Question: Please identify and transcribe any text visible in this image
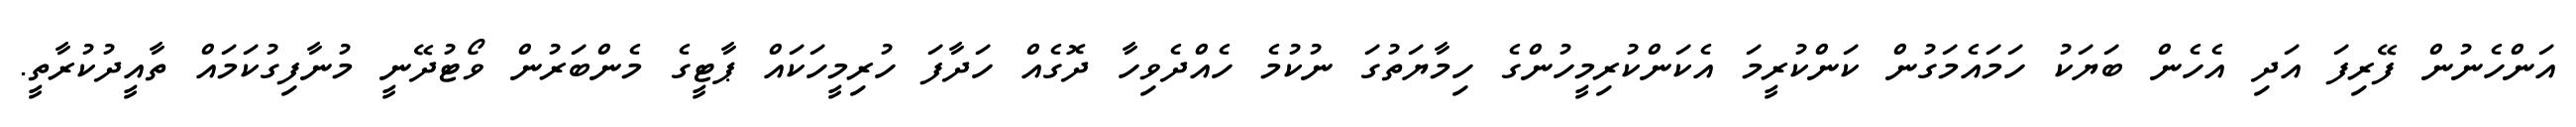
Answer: އަންހެނުން ފޭރިފަ އަދި އެހެން ބަޔަކު ހަމައެމަގުން ކަންކުރީމަ އެކަންކުރިމީހުންގެ ހިމާޔަތުގަ ނުކުމެ ހެއްދެވިހާ ދޮގެއް ހަދާފަ ހުރިމީހަކައް ޕާޓީގެ މެންބަރުން ވޯޓުދޭނީ މުނާފިގުކަމައް ތާއީދުކުރާތީ.